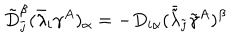
\tilde { D } _ { \tilde { \jmath } } ^ { \beta } ( \bar { \lambda } _ { i } \gamma ^ { A } ) _ { \alpha } = - D _ { i \alpha } ( \bar { \tilde { \lambda } } _ { \tilde { \jmath } } \tilde { \gamma } ^ { A } ) ^ { \beta }